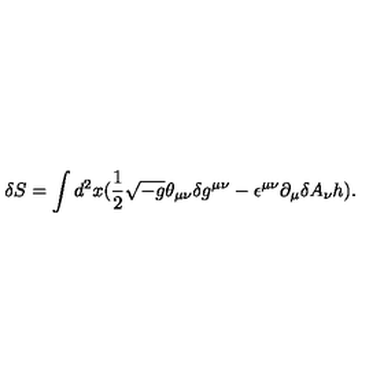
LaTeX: \delta S = \int d ^ { 2 } x ( \frac { 1 } { 2 } \sqrt { - g } \theta _ { \mu \nu } \delta g ^ { \mu \nu } - \epsilon ^ { \mu \nu } \partial _ { \mu } \delta A _ { \nu } h ) .